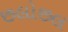
છલોછલ